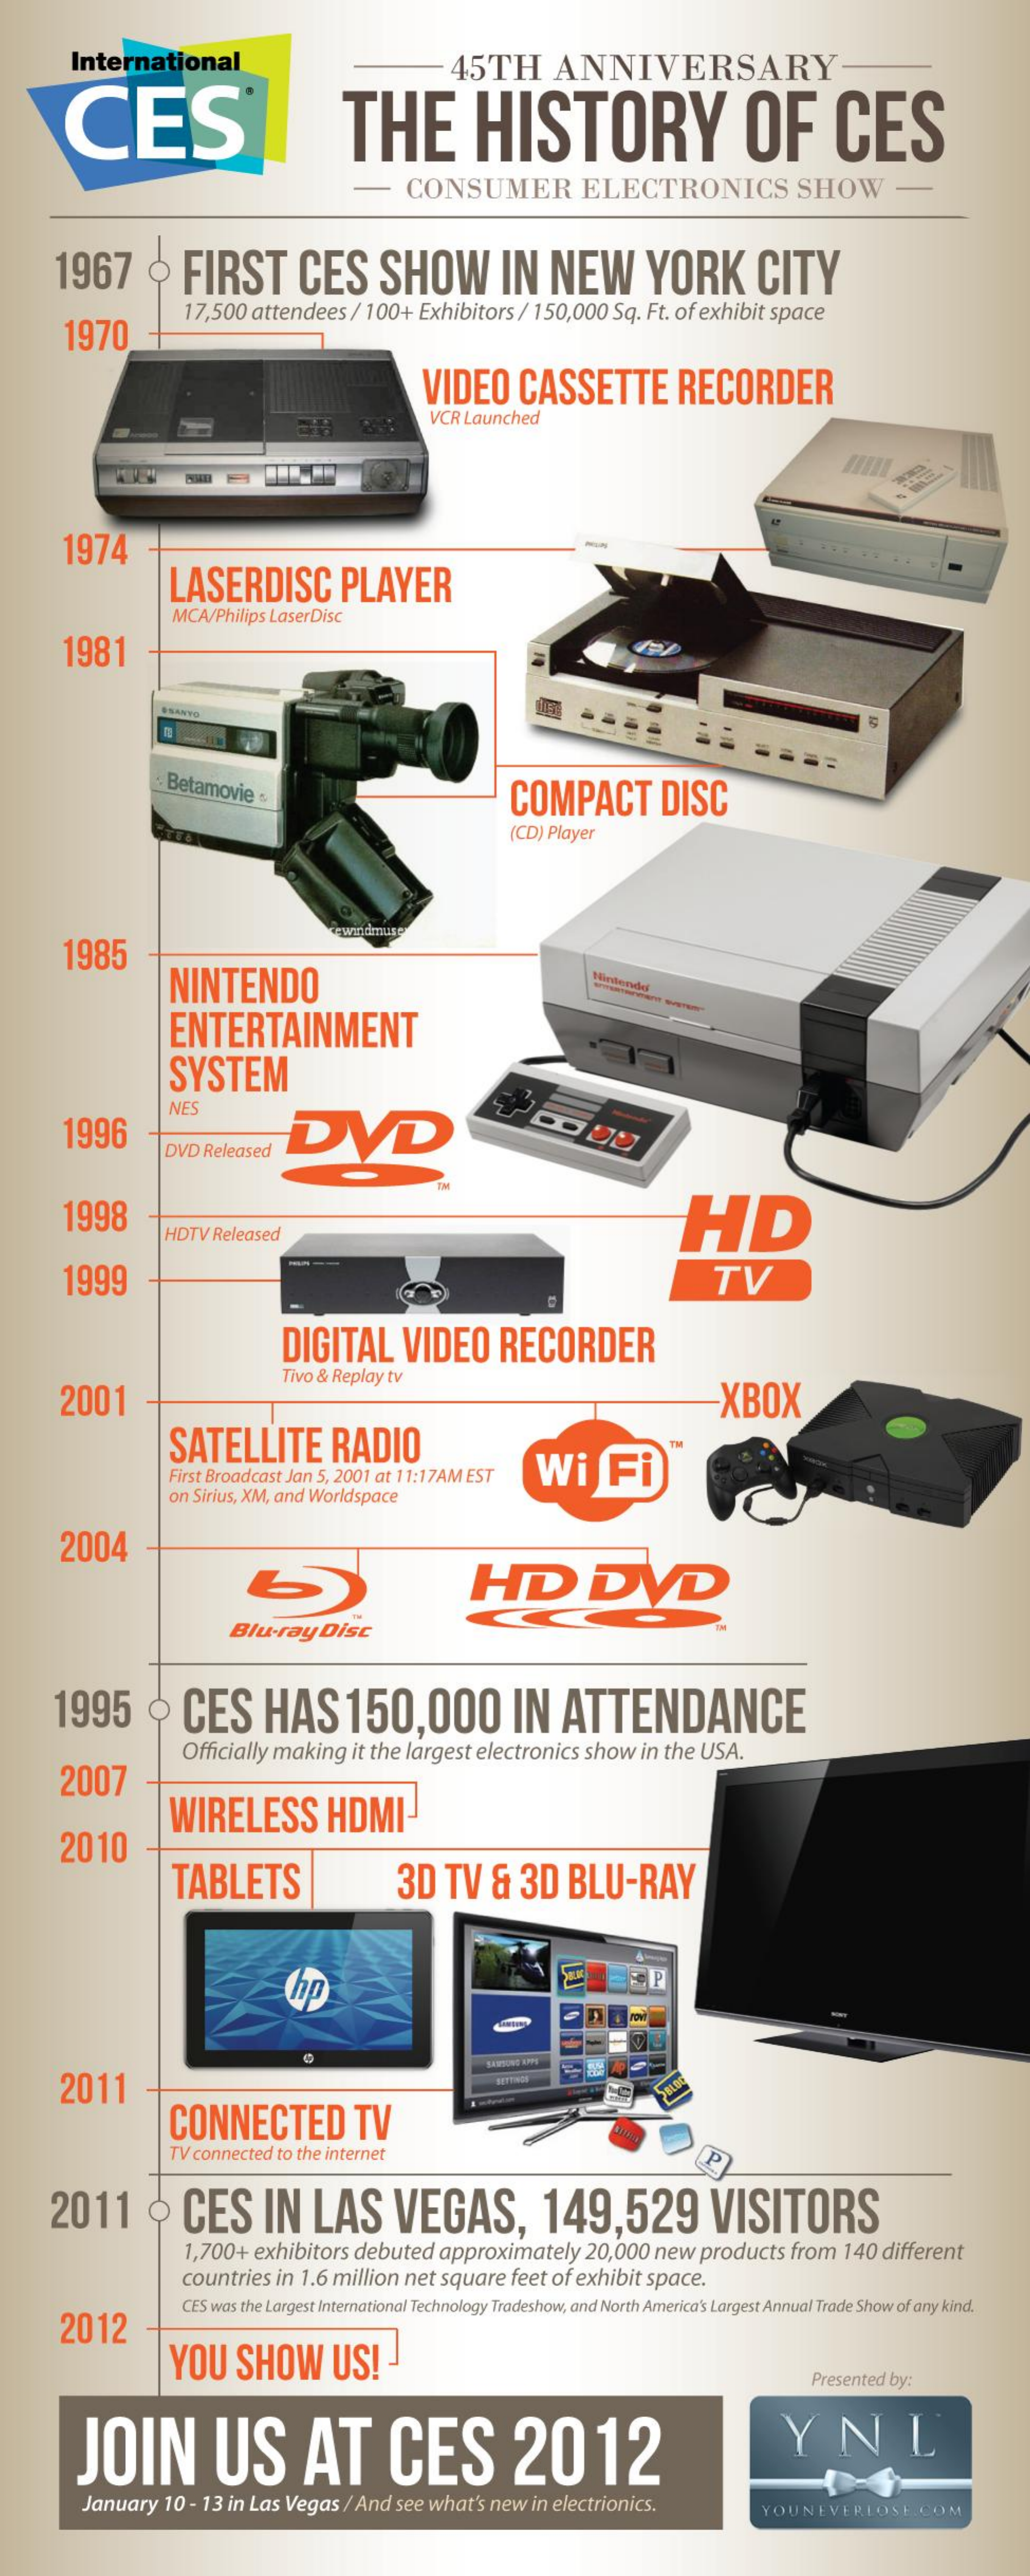
International
     CES®
     45TH    ANNIVERSARY
     THE    HISTORY    OF    CES
     -    CONSUMER    ELECTRONICS    SHOW
     1967    9  FIRST    CES    SHOW    IN    NEW    YORK    CITY
     1970
     17,500  attendees   / 100+   Exhibitors  / 150,000   Sq. Ft. of exhibit space
     VIDEO    CASSETTE    RECORDER
     VCR Launched
     1974
     LASERDISC    PLAYER
     MCA/Philips LaserDisc
     1981
     #SANYO
     Betamovie    COMPACT    DISC
     (CD) Player
     1985
     NINTENDO    Nintendo
     ENTERTAINMENT
     SYSTEM
     1996
     NES
     DVD
     DVD Released
     1998    HD HDTV Released
     1999    TV
     DIGITAL    VIDEO    RECORDER
     2001
     Tivo & Replay tv
     XBOX
     SATELLITE    RADIO
     First Broadcast Jan 5, 2001 at 11:17AM EST   Wi    Fi
     on Sirius, XM, and Worldspace
     2004
     HD    DVD
     Blu-ray   Disc
     1995    9   CES    HAS    150,000    IN    ATTENDANCE
     2007
     Officially making   it the largest  electronics  show   in the USA.
     WIRELESS    HDMI-
     2010
     TABLETS    3D    TV   &   3D    BLU-RAY
     hp
     EP
     rovi
     2011
     SETTINGS
     CONNECTED    TV
     TV connected to the internet    P
     2011    9    CES    IN    LAS    VEGAS,    149,529    VISITORS
     1,700+  exhibitors  debuted    approximately    20,000   new  products   from   140  different
     countries  in 1.6 million  net square   feet of exhibit  space.
     2012
     CES was the Largest International Technology Tradeshow, and North America's Largest Annual Trade Show of any kind.
     YOU    SHOW    US!    -
     Presented by:
     JOIN    US    AT    CES    2012    YNL
     January   10 - 13 in Las Vegas  / And  see what's new   in electrionics.    YOUNEVERLOSE.    COM